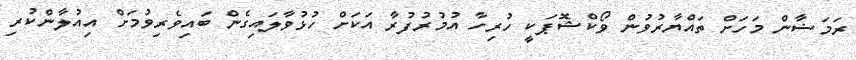
ރަމަޟާން މަހަށް ތައްޔާރުވުން ވޯކްޝޮޕަކީ ހުރިހާ އުމުރުފުރާ އަކަށް ހުޅުވާލައިގެން ބައިވެރިވުމަށް އިއުލާންކުރި